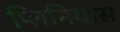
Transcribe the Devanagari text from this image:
प्लिनियास